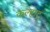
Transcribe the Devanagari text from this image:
कल्हाट